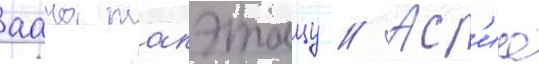
аана такэтацу // Ас'иа